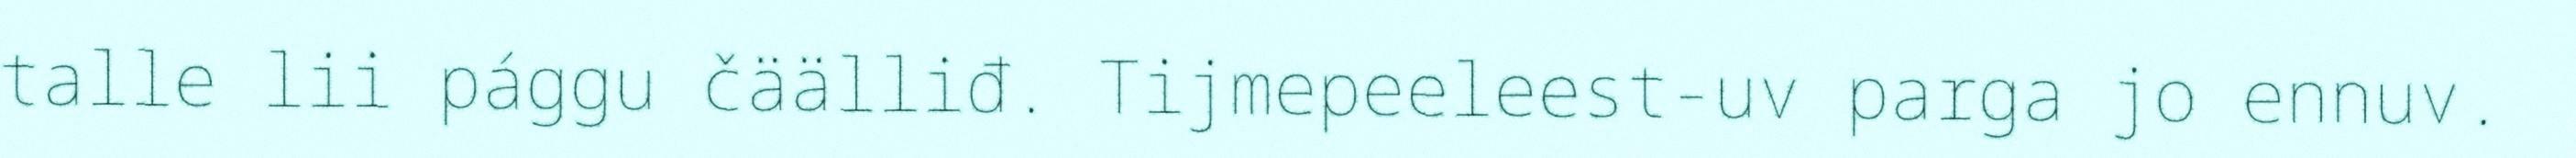
talle lii pággu čäälliđ. Tijmepeeleest-uv parga jo ennuv.